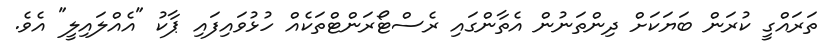
ތަރައްގީ ކުރަން ބަޔަކަށް ދިންތަނުން އެތާންގައި ރެސްޓޯރަންޓްތަކެއް ހުޅުވައިފަައި ޕާކު "އެއްލަައިލީ" އެވެ.